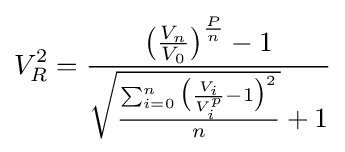
V_{R}^{2}={\frac {{\big (}{\frac {V_{n}}{V_{0}}}{\big )}^{\frac {P}{n}}-1}{{\sqrt {\frac {\sum _{i=0}^{n}{{\big (}{\frac {V_{i}}{V_{i}^{p}}}-1{\big )}^{2}}}{n}}}+1}}